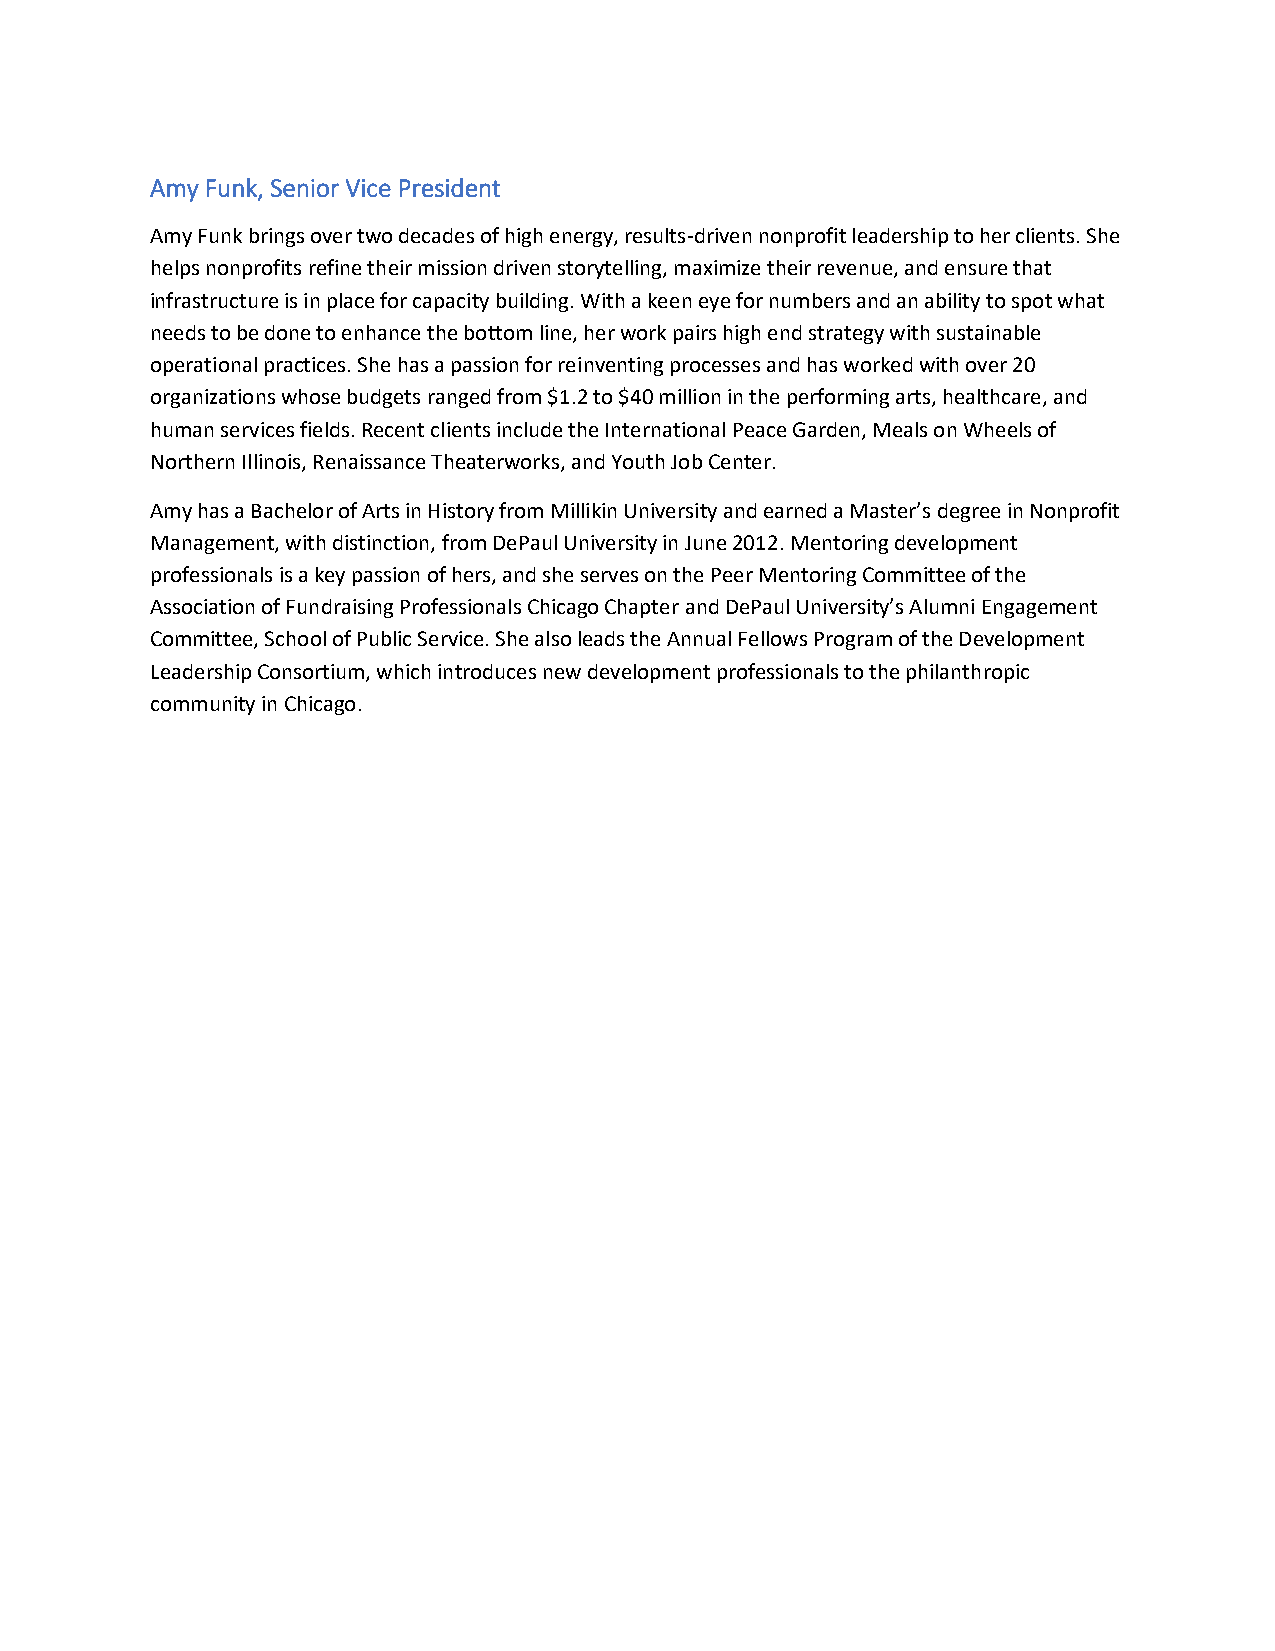
Amy Funk, Senior Vice President
 Amy Funk brings over two decades of high energy, results-driven nonprofit leadership to her clients. She
 helps nonprofits refine their mission driven storytelling, maximize their revenue, and ensure that
 infrastructure is in place for capacity building. With a keen eye for numbers and an ability to spot what
 needs to be done to enhance the bottom line, her work pairs high end strategy with sustainable
 operational practices. She has a passion for reinventing processes and has worked with over 20
 organizations whose budgets ranged from $1.2 to $40 million in the performing arts, healthcare, and
 human services fields. Recent clients include the International Peace Garden, Meals on Wheels of
 Northern Illinois, Renaissance Theaterworks, and Youth Job Center.
 Amy has a Bachelor of Arts in History from Millikin University and earned a Master’s degree in Nonprofit
 Management, with distinction, from DePaul University in June 2012. Mentoring development
 professionals is a key passion of hers, and she serves on the Peer Mentoring Committee of the
 Association of Fundraising Professionals Chicago Chapter and DePaul University’s Alumni Engagement
 Committee, School of Public Service. She also leads the Annual Fellows Program of the Development
 Leadership Consortium, which introduces new development professionals to the philanthropic
 community in Chicago.